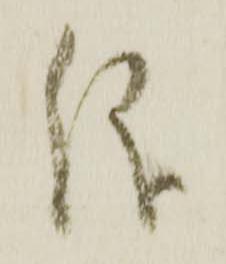
儀